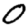
Digit: 0